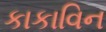
કાકાવિન